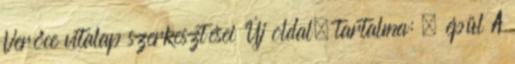
‎Verőce vitalap szerkesztései Új oldal, tartalma: „ épül A